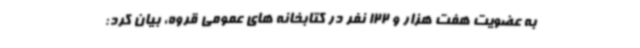
به عضویت هفت هزار و 122 نفر در کتابخانه های عمومی قروه، بیان کرد: